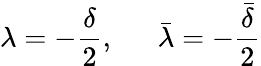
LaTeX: \lambda=-\frac{\delta}{2},~~~~~~\bar{\lambda}=-\frac{\bar{\delta}}{2}